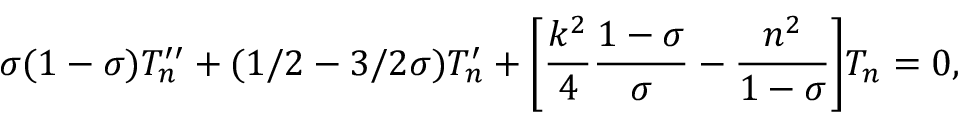
\sigma ( 1 - \sigma ) T _ { n } ^ { \prime \prime } + ( 1 / 2 - 3 / 2 \sigma ) T _ { n } ^ { \prime } + \biggl [ \frac { k ^ { 2 } } { 4 } \frac { 1 - \sigma } { \sigma } - \frac { n ^ { 2 } } { 1 - \sigma } \biggr ] T _ { n } = 0 ,